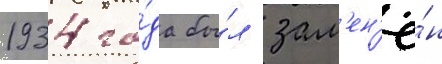
1934 го́да бы́л зам'ен'ё́н